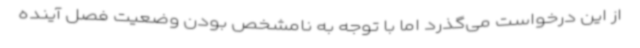
از این درخواست می‌گذرد اما با توجه به نامشخص بودن وضعیت فصل آینده